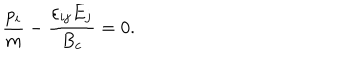
LaTeX: \frac { p _ { i } } { m } - \frac { \varepsilon _ { i j } E _ { j } } { B _ { c } } = 0 .